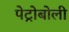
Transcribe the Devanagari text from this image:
पेट्रोबोली